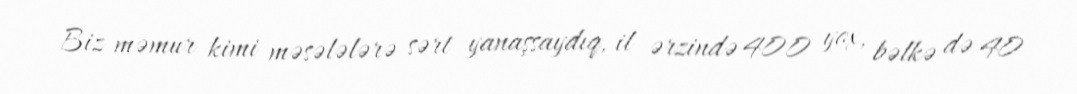
Biz məmur kimi məsələlərə sərt yanaşsaydıq, il ərzində 400 yox, bəlkə də 40